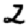
Digit: 2